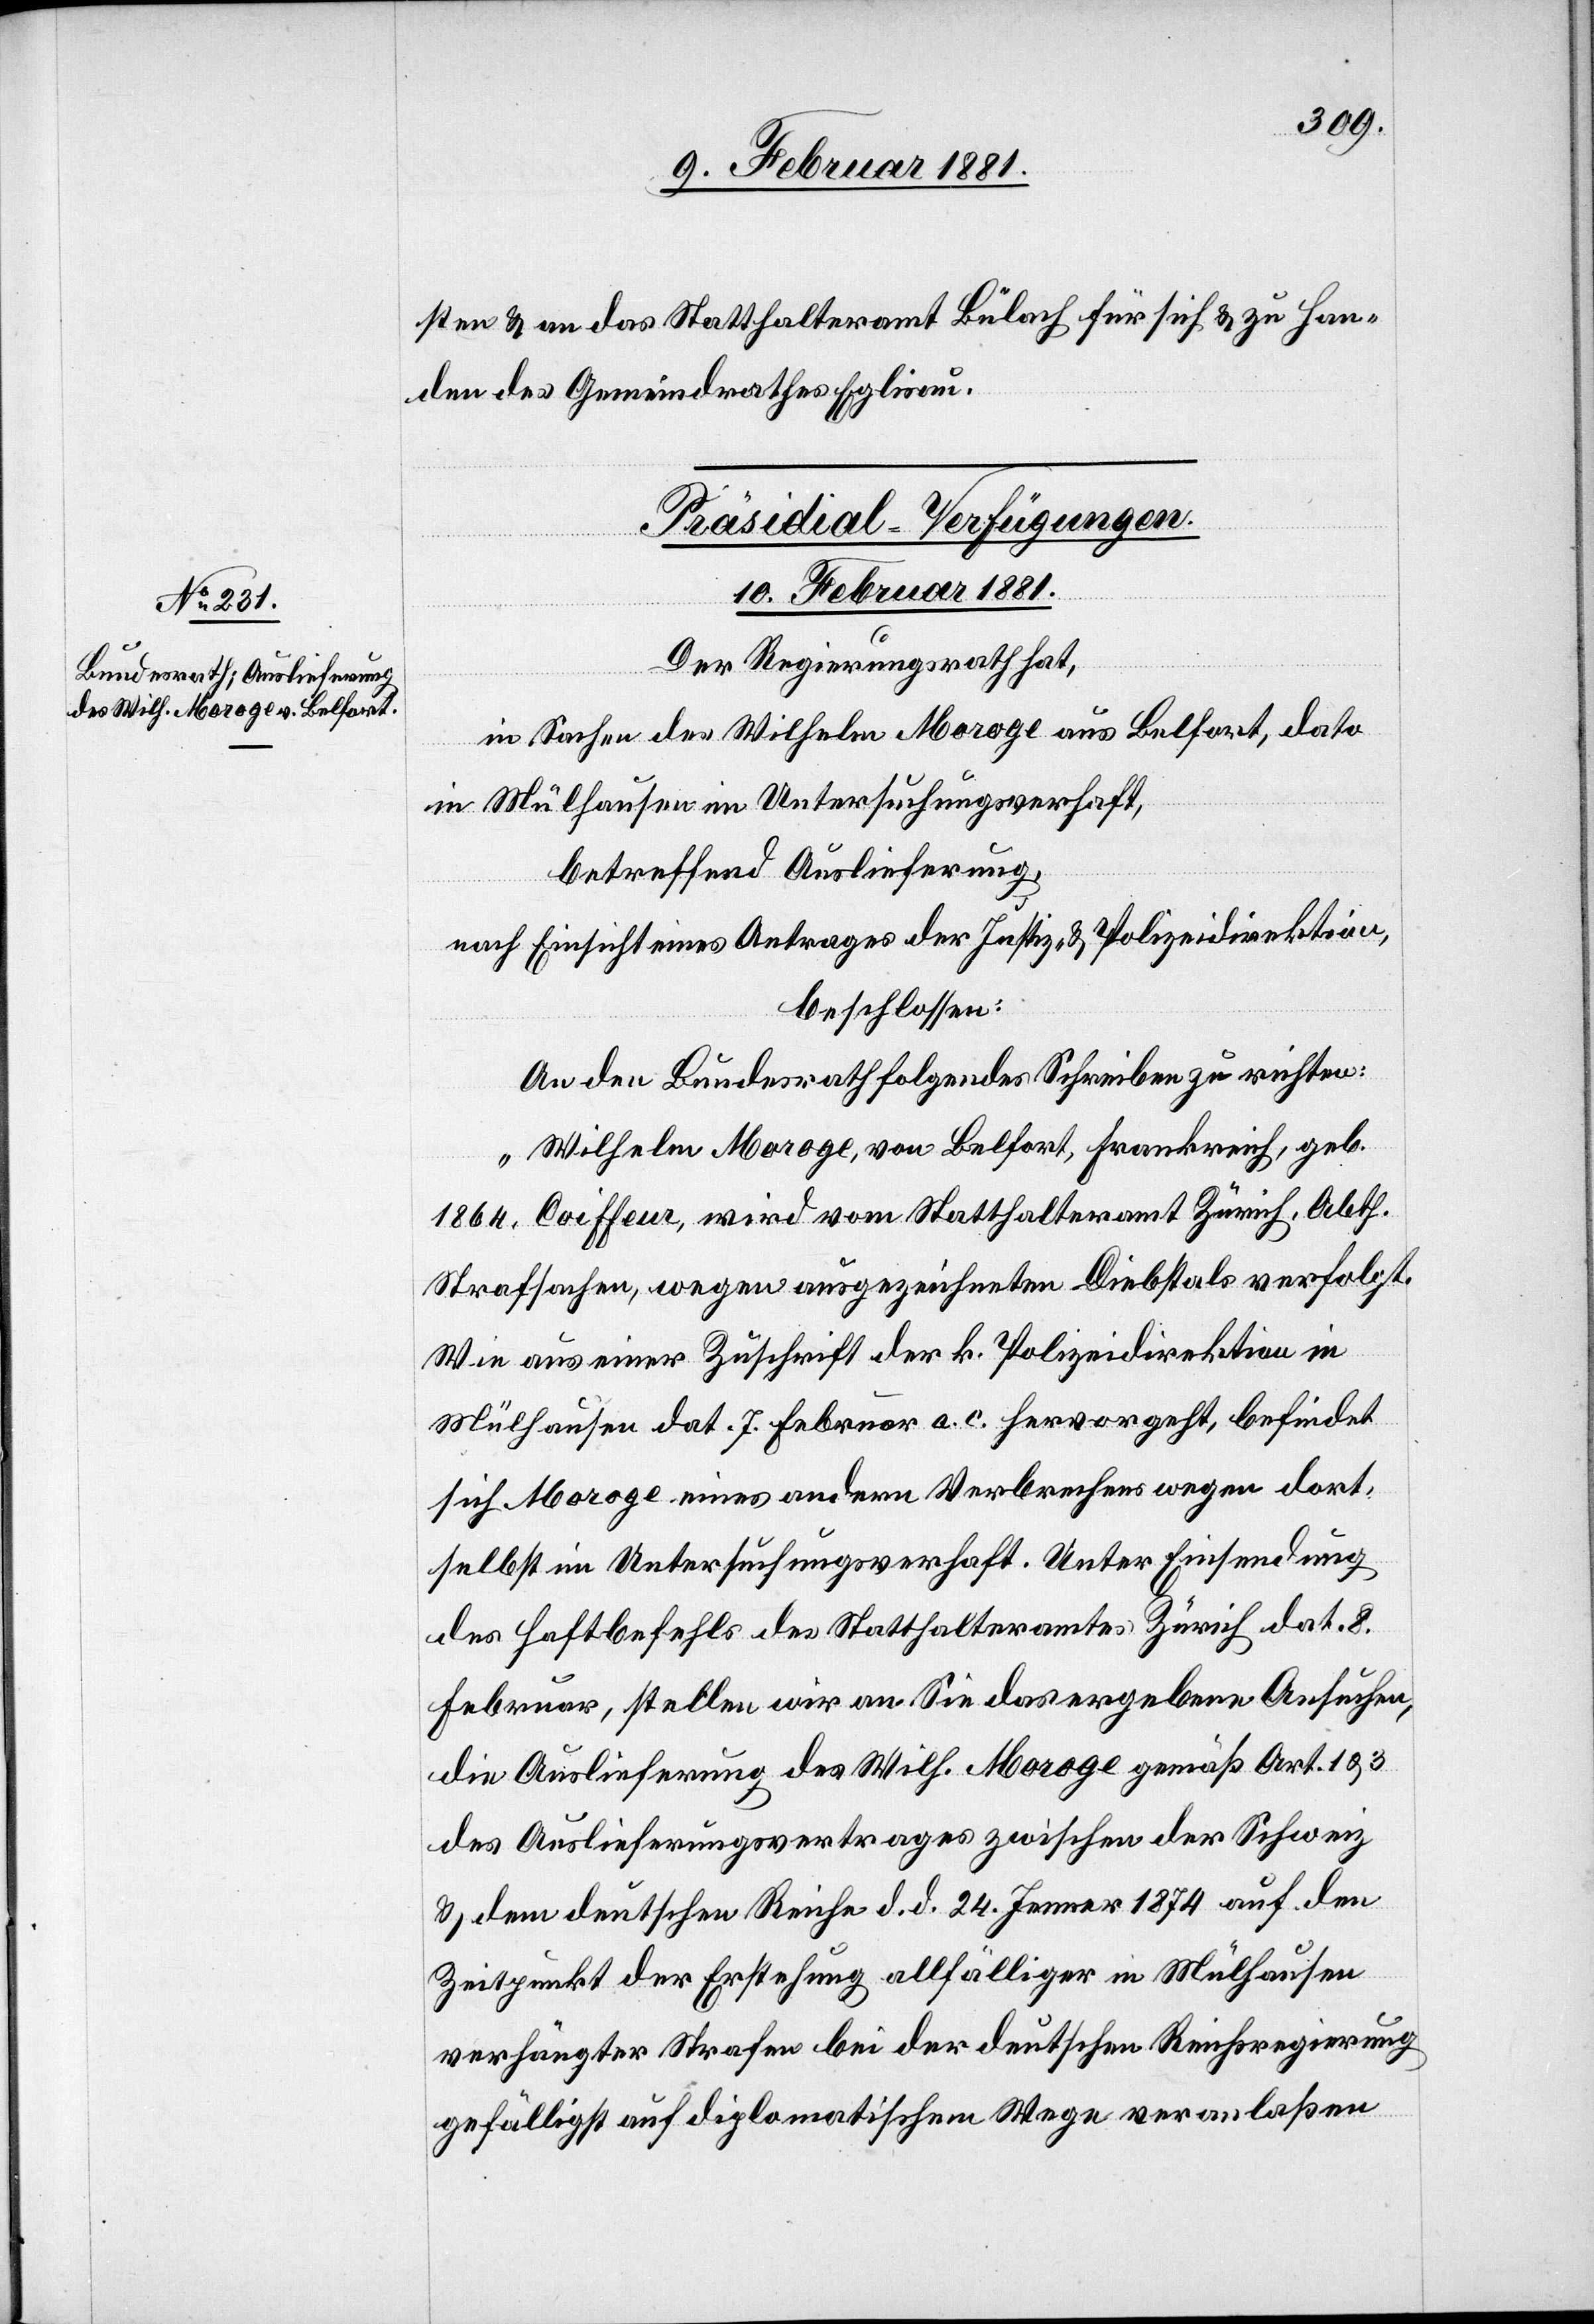
sten & an das Statthalteramt Bülach für sich & zu Han¬
den des Gemeindrathes Eglisau.
Präsidial-Verfügungen.
10. Februar 1881.
Der Regierungsrath hat,
in Sachen des Wilhelm Moroge aus Belfort, dato
in Mülhausen im Untersuchungsverhaft,
betreffend Auslieferung,
nach Einsicht eines Antrages der Justiz- & Polizeidirektion,
beschlossen:
An den Bundesrath folgendes Schreiben zu richten:
„Wilhelm Moroge, von Belfort, Frankreich, geb.
1864, Coiffeur, wird vom Statthalteramt Zürich, Abth.
Strafsachen, wegen ausgezeichneten Diebstals verfolgt.
Wie aus einer Zuschrift der k. Polizeidirektion in
Mülhausen dat. 7. Februar a. c. hervorgeht, befindet
sich Moroge eines andern Verbrechens wegen dort
selbst in Untersuchungsverhaft. Unter Einsendung
des Haftbefehls des Statthalteramtes Zürich dat. 8.
Februar, stellen wir an Sie das ergebene Ansuchen,
die Auslieferung des Wilh. Moroge gemäß Art. 1
des Auslieferungsvertrages zwischen der Schweiz
& dem deutschen Reiche d. d. 24. Jenner 1874 auf den
Zeitpunkt der Erstehung allfälliger in Mülhausen
verhängter Strafen bei der deutschen Reichsregierung
gefälligst auf diplomatischem Wege veranlaßen